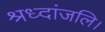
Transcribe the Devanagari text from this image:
श्रध्दांजलि।